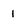
Character: 1